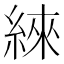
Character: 䋱